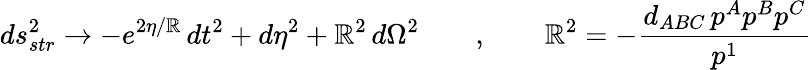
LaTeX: ds_{str}^{2}\rightarrow-e^{2\eta/\mathbb{R}}\, dt^{2}+d\eta^{2}+\mathbb{R}^{2}\, d\Omega^{2}\qquad,\qquad\mathbb{R}^{2}=-{\frac{{d_{ABC}\, p^{A}p^{B}p^{C}}}{{p^{1}}}}